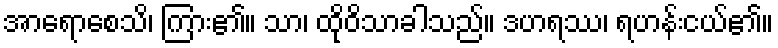
အာရောစေသိ၊ ကြား၏။ သာ၊ ထိုဝိသာခါသည်။ ဒဟရဿ၊ ရဟန်းငယ်၏။